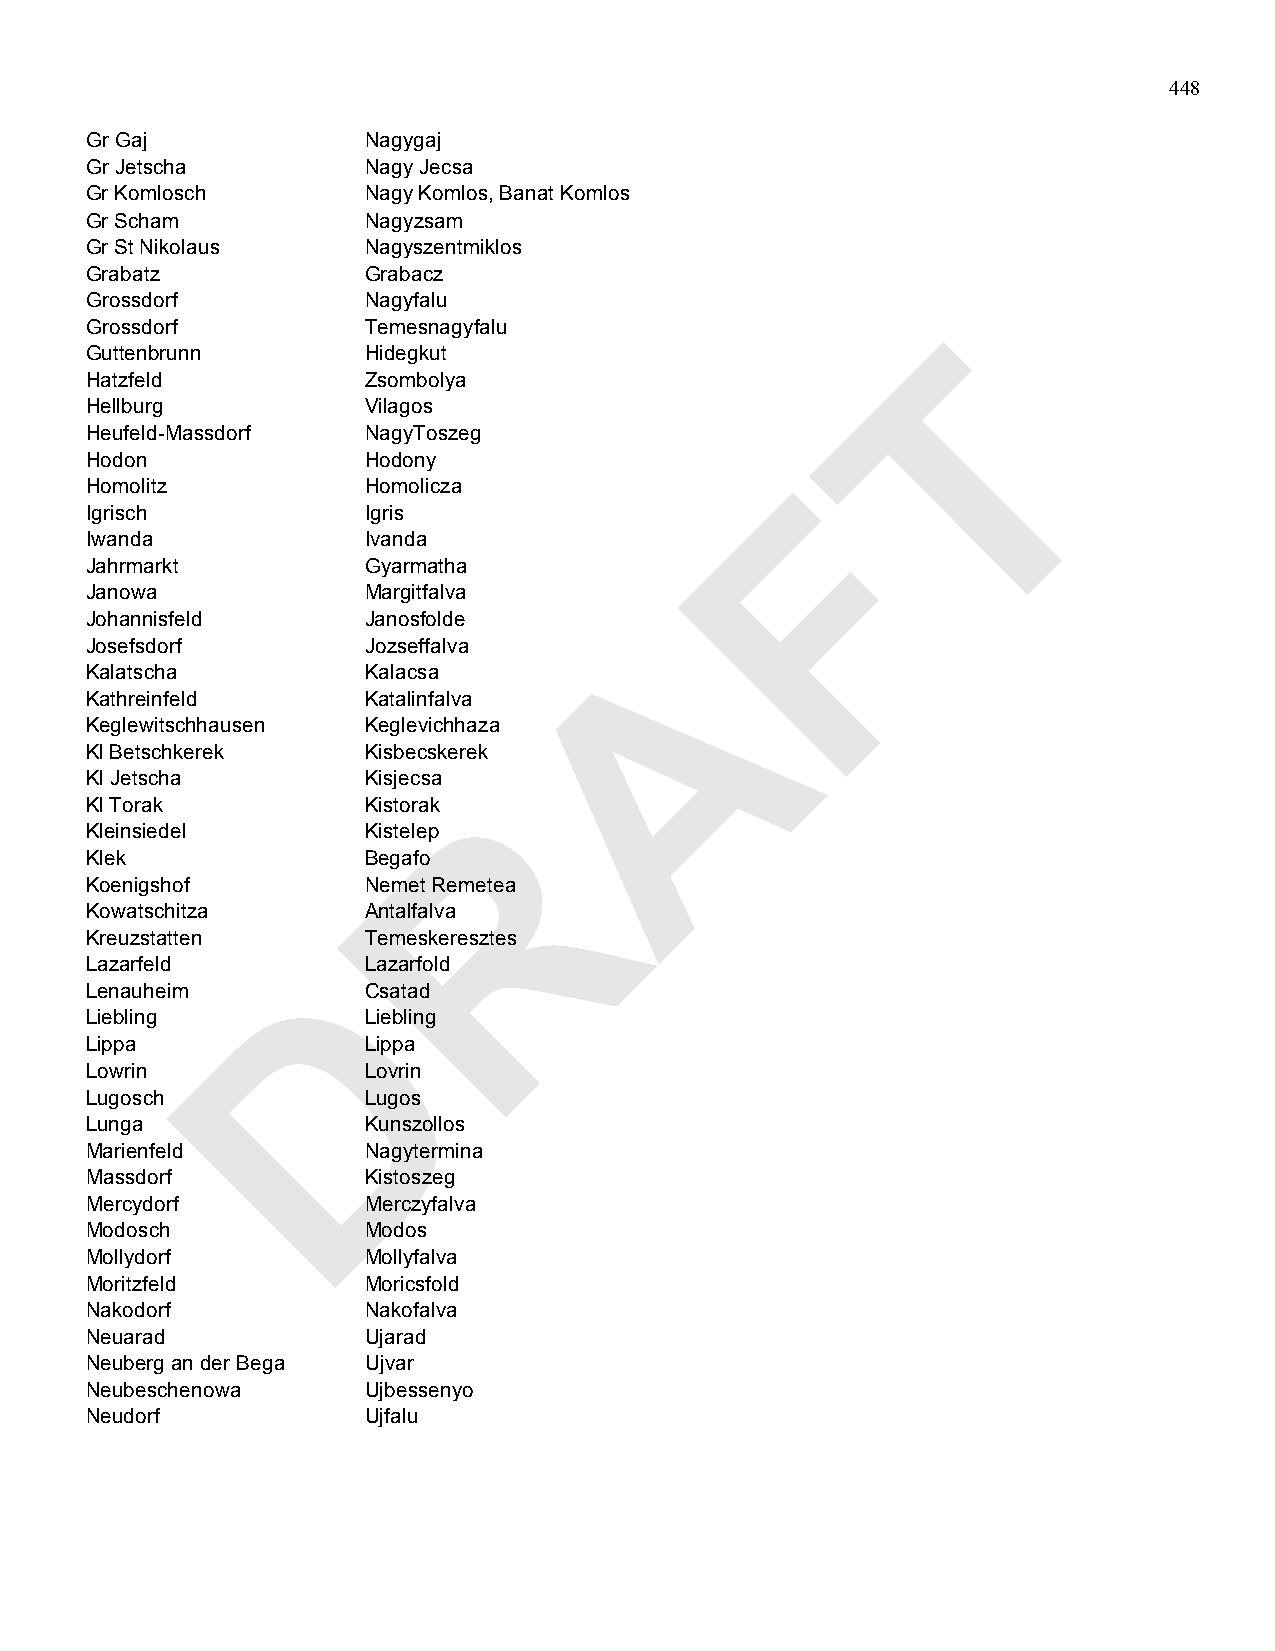
448
 Gr Gaj            Nagygaj
 Gr Jetscha        Nagy Jecsa
 Gr Komlosch       Nagy Komlos, Banat Komlos
 Gr Scham          Nagyzsam
 Gr St Nikolaus    Nagyszentmiklos
 Grabatz           Grabacz
 Grossdorf         Nagyfalu
 Grossdorf         Temesnagyfalu                         T
 Guttenbrunn       Hidegkut
 Hatzfeld          Zsombolya
 Hellburg          Vilagos
 Heufeld-Massdorf  NagyToszeg
 Hodon             Hodony
 F
 Homolitz          Homolicza
 Igrisch           Igris
 Iwanda            Ivanda
 Jahrmarkt         Gyarmatha
 Janowa            Margitfalva
 Johannisfeld      Janosfolde        A
 Josefsdorf        Jozseffalva
 Kalatscha         Kalacsa
 Kathreinfeld      Katalinfalva
 Keglewitschhausen Keglevichhaza
 Kl Betschkerek    Kisbecskerek
 Kl Jetscha        Kisjecsa R
 Kl Torak          Kistorak
 Kleinsiedel       Kistelep
 Klek              Begafo
 Koenigshof        Nemet Remetea
 Kowatschitza      Antalfalva
 Kreuzstatten      Temeskeresztes
 D
 Lazarfeld         Lazarfold
 Lenauheim         Csatad
 Liebling          Liebling
 Lippa             Lippa
 Lowrin            Lovrin
 Lugosch           Lugos
 Lunga             Kunszollos
 Marienfeld        Nagytermina
 Massdorf          Kistoszeg
 Mercydorf         Merczyfalva
 Modosch           Modos
 Mollydorf         Mollyfalva
 Moritzfeld        Moricsfold
 Nakodorf          Nakofalva
 Neuarad           Ujarad
 Neuberg an der Bega Ujvar
 Neubeschenowa     Ujbessenyo
 Neudorf           Ujfalu